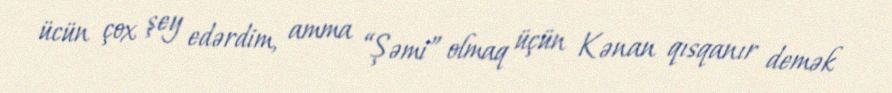
ücün çox şey edərdim, amma “Şəmi” olmaq üçün Kənan qısqanır demək